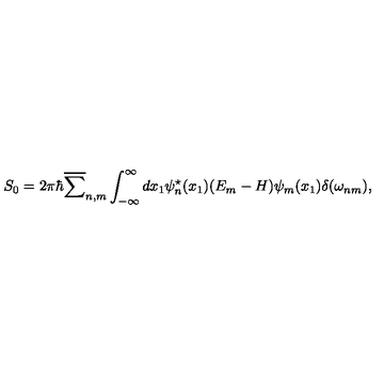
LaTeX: S _ { 0 } = 2 { \pi } { \hbar } \overline { { \sum } } _ { n , m } \int _ { - \infty } ^ { \infty } d x _ { 1 } { \psi } _ { n } ^ { \star } ( x _ { 1 } ) ( E _ { m } - H ) { \psi } _ { m } ( x _ { 1 } ) \delta ( { \omega } _ { n m } ) ,